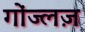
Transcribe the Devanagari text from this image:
गोंज्लज़